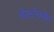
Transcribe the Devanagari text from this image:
बेस्टोवमेंट